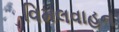
વિમલવાહન